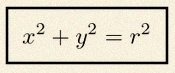
x^2+y^2=r^2